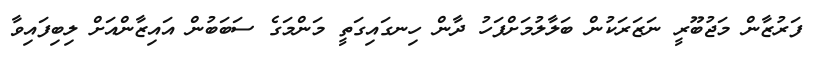
ފަރުޒާން މަޖުބޫރީ ނަޒަރަކުން ބަލާލުމަށްފަހު ދާން ހިނގައިގަތީ މަންމަގެ ސަބަބުން އައިޒާންއަށް ލިބިފައިވާ